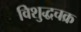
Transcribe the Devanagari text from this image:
विशुद्धचक्र